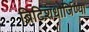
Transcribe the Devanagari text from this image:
ब्रिटिशधार्जिण्या